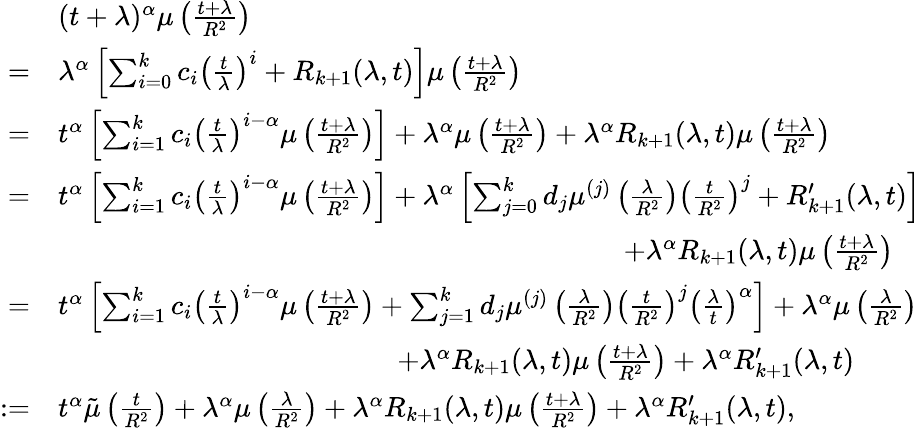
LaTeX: \begin{array}{rl}&{(t+\lambda)^{\alpha}\mu\left(\frac{t+\lambda}{R^{2}}\right)}\\ {=}&{\lambda^{\alpha}\left[\sum_{i=0}^{k}c_{i}\left(\frac{t}{\lambda}\right)^{i}+R_{k+1}(\lambda,t)\right]\mu\left(\frac{t+\lambda}{R^{2}}\right)}\\ {=}&{t^{\alpha}\left[\sum_{i=1}^{k}c_{i}\left(\frac{t}{\lambda}\right)^{i-\alpha}\mu\left(\frac{t+\lambda}{R^{2}}\right)\right]+\lambda^{\alpha}\mu\left(\frac{t+\lambda}{R^{2}}\right)+\lambda^{\alpha}R_{k+1}(\lambda,t)\mu\left(\frac{t+\lambda}{R^{2}}\right)}\\ {=}&{t^{\alpha}\left[\sum_{i=1}^{k}c_{i}\left(\frac{t}{\lambda}\right)^{i-\alpha}\mu\left(\frac{t+\lambda}{R^{2}}\right)\right]+\lambda^{\alpha}\left[\sum_{j=0}^{k}d_{j}\mu^{(j)}\left(\frac{\lambda}{R^{2}}\right)\left(\frac{t}{R^{2}}\right)^{j}+R_{k+1}^{\prime}(\lambda,t)\right]}\\ &{\quad\quad\quad\quad\quad\quad\quad\quad\quad\quad\quad\quad\quad\quad\quad\quad\quad\quad\quad\quad+\lambda^{\alpha}R_{k+1}(\lambda,t)\mu\left(\frac{t+\lambda}{R^{2}}\right)}\\ {=}&{t^{\alpha}\left[\sum_{i=1}^{k}c_{i}\left(\frac{t}{\lambda}\right)^{i-\alpha}\mu\left(\frac{t+\lambda}{R^{2}}\right)+\sum_{j=1}^{k}d_{j}\mu^{(j)}\left(\frac{\lambda}{R^{2}}\right)\left(\frac{t}{R^{2}}\right)^{j}\left(\frac{\lambda}{t}\right)^{\alpha}\right]+\lambda^{\alpha}\mu\left(\frac{\lambda}{R^{2}}\right)}\\ &{\quad\quad\quad\quad\quad\quad\quad\quad\quad\quad\quad\quad+\lambda^{\alpha}R_{k+1}(\lambda,t)\mu\left(\frac{t+\lambda}{R^{2}}\right)+\lambda^{\alpha}R_{k+1}^{\prime}(\lambda,t)}\\ {:=}&{t^{\alpha}\tilde{\mu}\left(\frac{t}{R^{2}}\right)+\lambda^{\alpha}\mu\left(\frac{\lambda}{R^{2}}\right)+\lambda^{\alpha}R_{k+1}(\lambda,t)\mu\left(\frac{t+\lambda}{R^{2}}\right)+\lambda^{\alpha}R_{k+1}^{\prime}(\lambda,t),}\end{array}